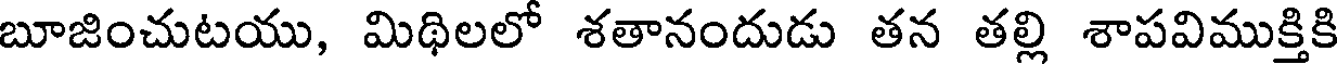
బూజించుటయు, మిథిలలో శతానందుడు తన తల్లి శాపవిముక్తికి